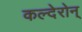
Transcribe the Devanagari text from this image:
कल्देरोन्